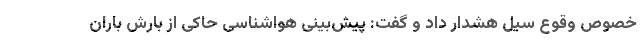
خصوص وقوع سیل هشدار داد و گفت: پیش‌بینی هواشناسی حاکی از بارش باران